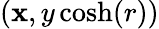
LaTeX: (\mathbf{x},y\cosh(r))